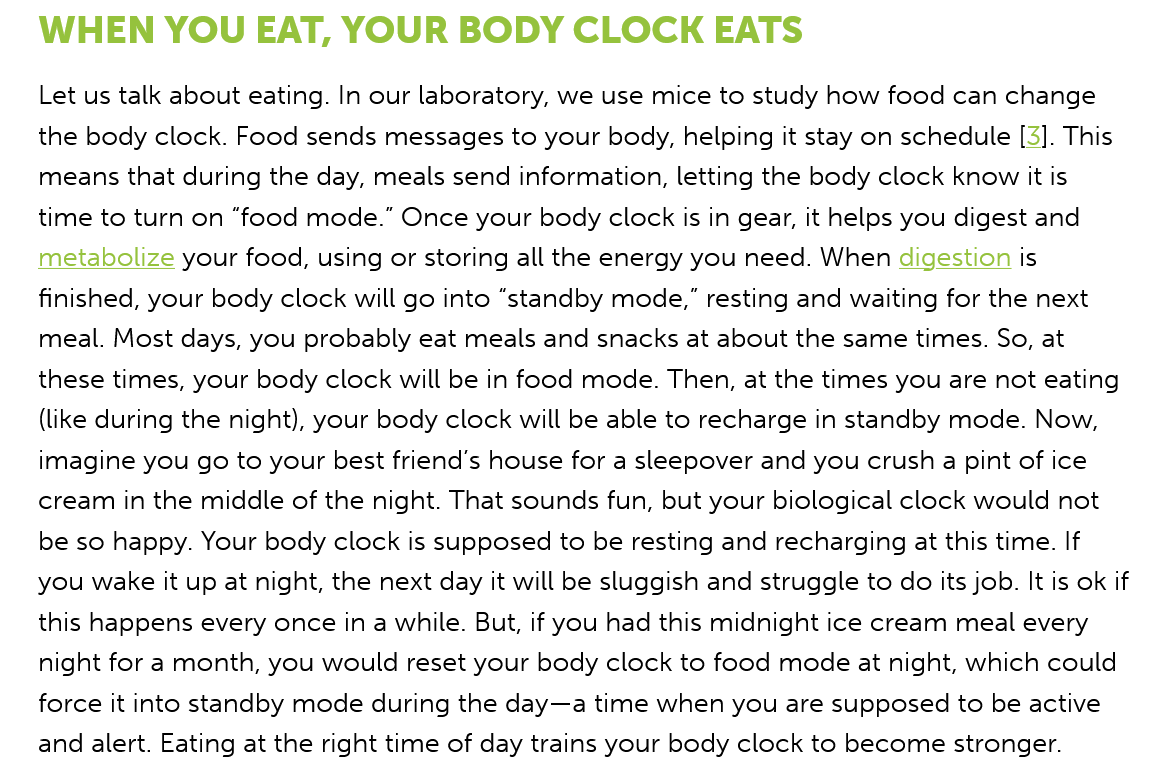
WHEN    YOU   EAT,  YOUR    BODY    CLOCK    EATS
   Let us talk about eating. In our laboratory, we use mice to study how food can change
   the body clock. Food sends messages to your body, helping it stay on schedule [3]. This
   means that during the day, meals send information, letting the body clock know it is
   time to turn on “food mode.” Once your body clock is in gear, it helps you digest and
   metabolize your food, using or storing all the energy you need. When digestion is
   finished, your body clock will go into “standby mode,” resting and waiting for the next
   meal. Most days, you probably eat meals and snacks at about the same times. So, at
   these times, your body clock will be in food mode. Then, at the times you are not eating
   (like during the night), your body clock will be able to recharge in standby mode. Now,
   imagine you go to your best friend's house for a sleepover and you crush a pint of ice
   cream in the middle of the night. That sounds fun, but your biological clock would not
   be so happy. Your body clock is supposed to be resting and recharging at this time. If
   you wake it up at night, the next day it will be sluggish and struggle to do its job. It is ok if
   this happens every once in a while. But, if you had this midnight ice cream meal every
   night for a month, you would reset your body clock to food mode at night, which could
   force it into standby mode during the day—a time when you are supposed to be active
   and alert. Eating at the right time of day trains your body clock to become stronger.